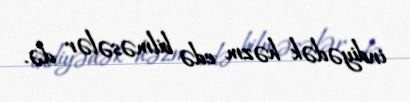
indiyədək həzm edə bilməsələr də.